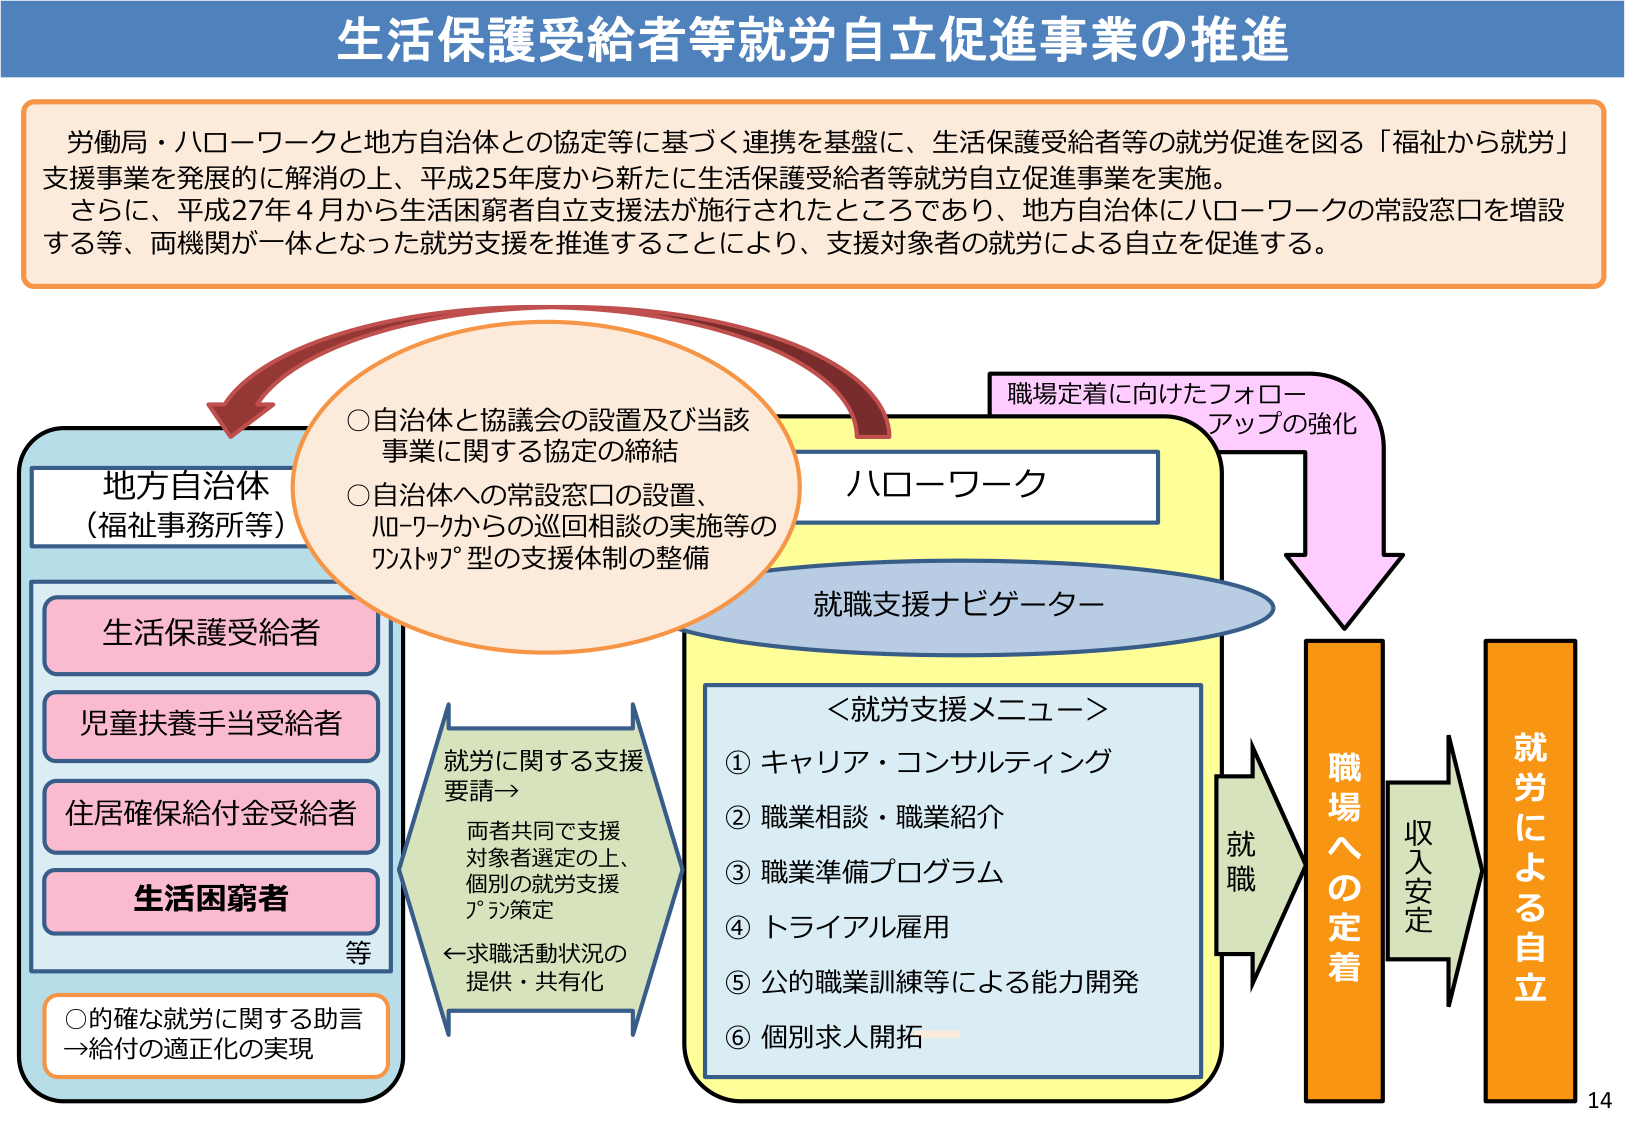
生活保護受給者等就労自立促進事業の推進

労働局・ハローワークと地方自治体との協定等に基づく連携を基盤に、生活保護受給者等の就労促進を図る「福祉から就労」支援事業を発展的に解消の上、平成25年度から新たに生活保護受給者等就労自立促進事業を実施。
さらに、平成27年4月から生活困窮者自立支援法が施行されたところであり、地方自治体にハローワークの常設窓口を増設する等、両機関が一体となった就労支援を推進することにより、支援対象者の就労による自立を促進する。

地方自治体
（福祉事務所等）

○自治体と協議会の設置及び当該
事業に関する協定の締結
○自治体への常設窓口の設置、
ハローワークからの巡回相談の実施等の
ワンストップ型の支援体制の整備

生活保護受給者
児童扶養手当受給者
住居確保給付金受給者
生活困窮者
等

○的確な就労に関する助言
→給付の適正化の実現

就労に関する支援
要請→
両者共同で支援
対象者選定の上、
個別の就労支援
プラン策定
←求職活動状況の
提供・共有化

ハローワーク

就職支援ナビゲーター

＜就労支援メニュー＞
① キャリア・コンサルティング
② 職業相談・職業紹介
③ 職業準備プログラム
④ トライアル雇用
⑤ 公的職業訓練等による能力開発
⑥ 個別求人開拓

職場定着に向けたフォロー
アップの強化

就職

職場への定着

収入安定

就労による自立

14